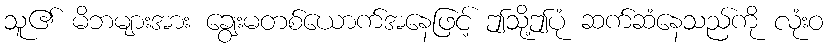
သူ၏ မိဘများအား ချွေးမတစ်ယောက်အနေဖြင့် ဤသို့ဤပုံ ဆက်ဆံနေသည်ကို လုံးဝ